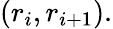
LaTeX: (r_{i},r_{i+1}).